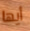
أيها